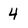
Character: 4